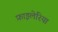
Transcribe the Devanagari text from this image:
फ़ाइलेरिया